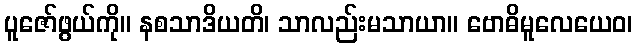
ပူဇော်ဖွယ်ကို။ နစသာဒိယတိ၊ သာလည်းမသာယာ။ ဗောဓိမူလေယေဝ၊